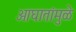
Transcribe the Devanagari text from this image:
आघातांमुळे